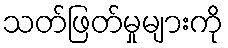
သတ်ဖြတ်မှုများကို